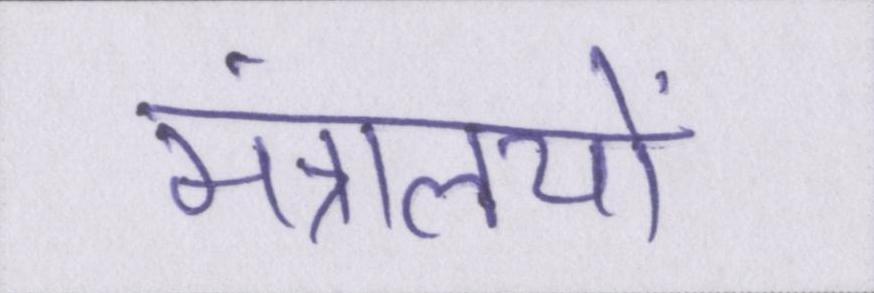
मंत्रालयों